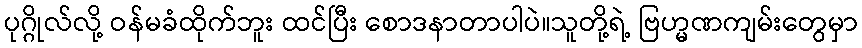
ပုဂ္ဂိုလ်လို့ ဝန်မခံထိုက်ဘူး ထင်ပြီး စောဒနာတာပါပဲ။သူတို့ရဲ့ ဗြဟ္မဏကျမ်းတွေမှာ